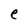
Character: e